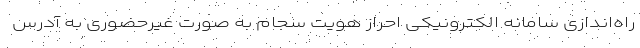
راه­اندازی سامانه الکترونیکی احراز هویت سجام به صورت غیرحضوری به آدرس